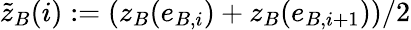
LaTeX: \tilde{z}_{B}(i):=(z_{B}(e_{B,i})+z_{B}(e_{B,i+1}))/2